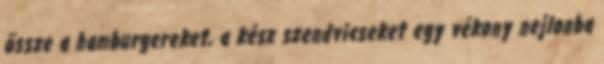
össze a hamburgereket, a kész szendvicseket egy vékony nejlonba